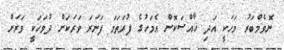
ނޮވެމްބަރު މަހަކީ އަދި ޚާއްޞަކޮށް އެމަހުގެ ފުރަތަމަ ފަނަރަ ވަރަކަށް ދުވަހަކީ ވަރަށް